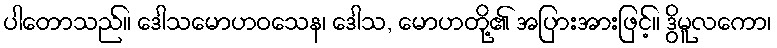
ပါတောသည်။ ဒေါသမောဟဝသေန၊ ဒေါသ, မောဟတို့၏ အပြားအားဖြင့်။ ဒွိမူလကော၊